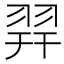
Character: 𦐧